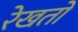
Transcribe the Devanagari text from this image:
रेखतों